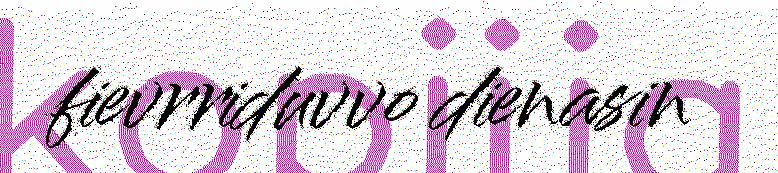
fievrriduvvo dienasin